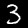
Digit: 3